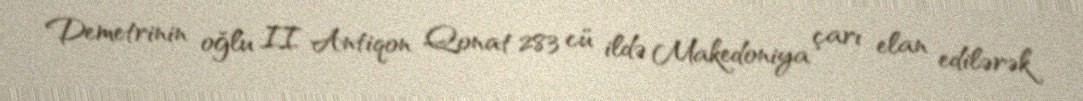
Demetrinin oğlu II Antiqon Qonat 283 cü ildə Makedoniya çarı elan edilərək